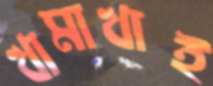
খামাখাই